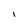
Character: I